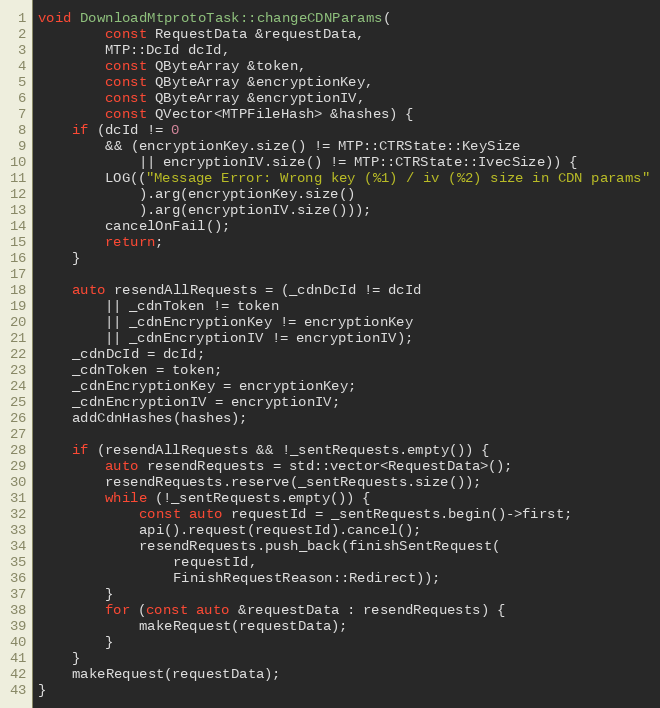
Language: C++
void DownloadMtprotoTask::changeCDNParams(
		const RequestData &requestData,
		MTP::DcId dcId,
		const QByteArray &token,
		const QByteArray &encryptionKey,
		const QByteArray &encryptionIV,
		const QVector<MTPFileHash> &hashes) {
	if (dcId != 0
		&& (encryptionKey.size() != MTP::CTRState::KeySize
			|| encryptionIV.size() != MTP::CTRState::IvecSize)) {
		LOG(("Message Error: Wrong key (%1) / iv (%2) size in CDN params"
			).arg(encryptionKey.size()
			).arg(encryptionIV.size()));
		cancelOnFail();
		return;
	}

	auto resendAllRequests = (_cdnDcId != dcId
		|| _cdnToken != token
		|| _cdnEncryptionKey != encryptionKey
		|| _cdnEncryptionIV != encryptionIV);
	_cdnDcId = dcId;
	_cdnToken = token;
	_cdnEncryptionKey = encryptionKey;
	_cdnEncryptionIV = encryptionIV;
	addCdnHashes(hashes);

	if (resendAllRequests && !_sentRequests.empty()) {
		auto resendRequests = std::vector<RequestData>();
		resendRequests.reserve(_sentRequests.size());
		while (!_sentRequests.empty()) {
			const auto requestId = _sentRequests.begin()->first;
			api().request(requestId).cancel();
			resendRequests.push_back(finishSentRequest(
				requestId,
				FinishRequestReason::Redirect));
		}
		for (const auto &requestData : resendRequests) {
			makeRequest(requestData);
		}
	}
	makeRequest(requestData);
}